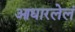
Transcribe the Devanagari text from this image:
आधारलेलं